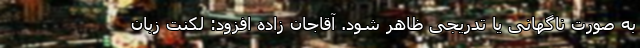
به صورت ناگهانی یا تدریجی ظاهر شود. آقاجان زاده افزود: لکنت زبان